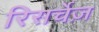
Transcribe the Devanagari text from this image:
रिसर्चेज़